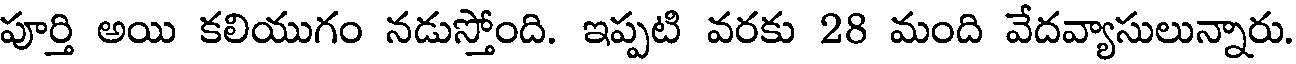
పూర్తి అయి కలియుగం నడుస్తోంది. ఇప్పటి వరకు 28 మంది వేదవ్యాసులున్నారు